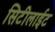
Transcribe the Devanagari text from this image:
सिटीलाईट